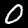
Digit: 0